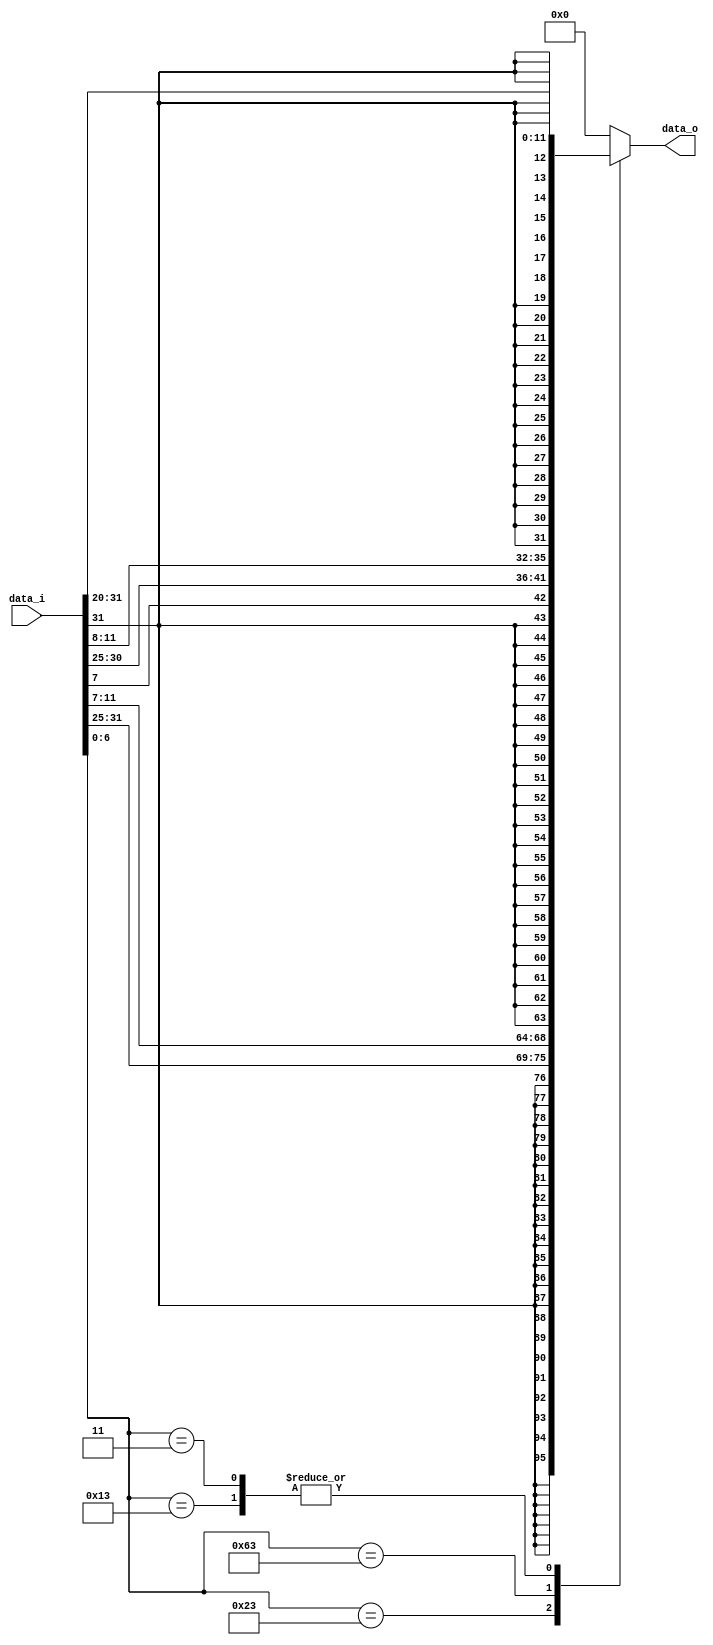
module Sign_Extend(
    data_i,     //(Ins[31:20]),
    data_o      //(Ins_SignEx_to_MUX)
);

input   [31:0]  data_i;
output [31:0]  data_o;

reg [31:0] data_o;

always@(data_i)
    begin
        case (data_i[6:0])
            7'b0010011: data_o = {{20{data_i[31]}}, data_i[31:20]}; // others
            7'b0100011: data_o = {{20{data_i[31]}}, data_i[31:25], data_i[11:7]}; //sw
            7'b1100011: data_o = {{20{data_i[31]}}, data_i[31], data_i[7], data_i[30:25], data_i[11:8]}; // beq
            7'b0000011: data_o = {{20{data_i[31]}}, data_i[31:20]}; // lw
            default: data_o = 0;
        endcase        
    end


endmodule